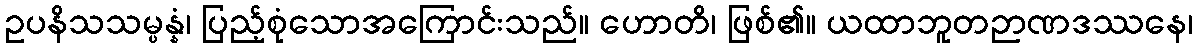
ဥပနိသသမ္ပန္နံ၊ ပြည့်စုံသောအကြောင်းသည်။ ဟောတိ၊ ဖြစ်၏။ ယထာဘူတဉာဏဒဿနေ၊